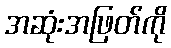
အဆုံးအဖြတ်ကို